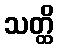
သတ္ထိ